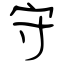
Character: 守